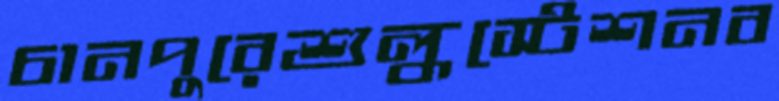
চানপুরেশুল্কস্টেশনব